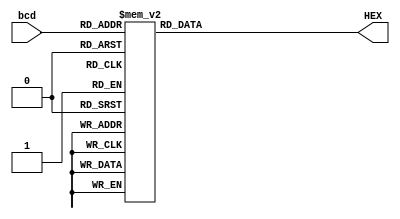
module bcd27seg(
    bcd,
    HEX
);

    
    input       [3:0] bcd;
    output reg  [6:0] HEX;

  
    always @ (bcd) begin
        case (bcd)
            //           GFEDCBA		
		4'd0 : HEX = 7'b0000001;
		4'd1 : HEX = 7'b1001111;
		4'd2 : HEX = 7'b0010010;
		4'd3 : HEX = 7'b0000110;
		4'd4 : HEX = 7'b1001100;
		4'd5 : HEX = 7'b0100100;
		4'd6 : HEX = 7'b0100000;
		4'd7 : HEX = 7'b0001111;
		4'd8 : HEX = 7'b0000000;
		4'd9 : HEX = 7'b0000100;
		4'd10: HEX = 7'b0001000;
		4'd11: HEX = 7'b1100000;
		4'd12: HEX = 7'b0110001;
		4'd13: HEX = 7'b1000010;
		4'd14: HEX = 7'b0110000;
		4'd15: HEX = 7'b0111000;


            default: HEX = 7'b0000110;
        endcase
    end

endmodule